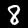
Label: 8